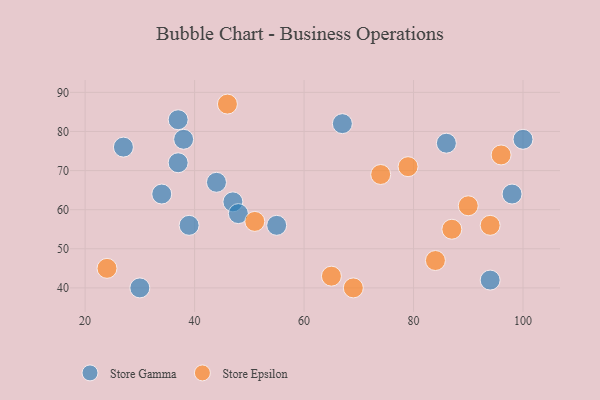
{"axis": {"x": "GDP", "y": "Life Expectancy"}, "legend": ["Store Epsilon", "Store Gamma"], "data": [{"x": "37", "y": 72, "type": "Store Gamma"}, {"x": "47", "y": 62, "type": "Store Gamma"}, {"x": "55", "y": 56, "type": "Store Gamma"}, {"x": "86", "y": 77, "type": "Store Gamma"}, {"x": "37", "y": 83, "type": "Store Gamma"}, {"x": "38", "y": 78, "type": "Store Gamma"}, {"x": "67", "y": 82, "type": "Store Gamma"}, {"x": "30", "y": 40, "type": "Store Gamma"}, {"x": "48", "y": 59, "type": "Store Gamma"}, {"x": "98", "y": 64, "type": "Store Gamma"}, {"x": "39", "y": 56, "type": "Store Gamma"}, {"x": "94", "y": 42, "type": "Store Gamma"}, {"x": "100", "y": 78, "type": "Store Gamma"}, {"x": "44", "y": 67, "type": "Store Gamma"}, {"x": "34", "y": 64, "type": "Store Gamma"}, {"x": "27", "y": 76, "type": "Store Gamma"}, {"x": "84", "y": 47, "type": "Store Epsilon"}, {"x": "79", "y": 71, "type": "Store Epsilon"}, {"x": "87", "y": 55, "type": "Store Epsilon"}, {"x": "69", "y": 40, "type": "Store Epsilon"}, {"x": "74", "y": 69, "type": "Store Epsilon"}, {"x": "96", "y": 74, "type": "Store Epsilon"}, {"x": "24", "y": 45, "type": "Store Epsilon"}, {"x": "46", "y": 87, "type": "Store Epsilon"}, {"x": "51", "y": 57, "type": "Store Epsilon"}, {"x": "90", "y": 61, "type": "Store Epsilon"}, {"x": "65", "y": 43, "type": "Store Epsilon"}, {"x": "94", "y": 56, "type": "Store Epsilon"}]}